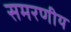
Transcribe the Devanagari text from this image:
समरणीय